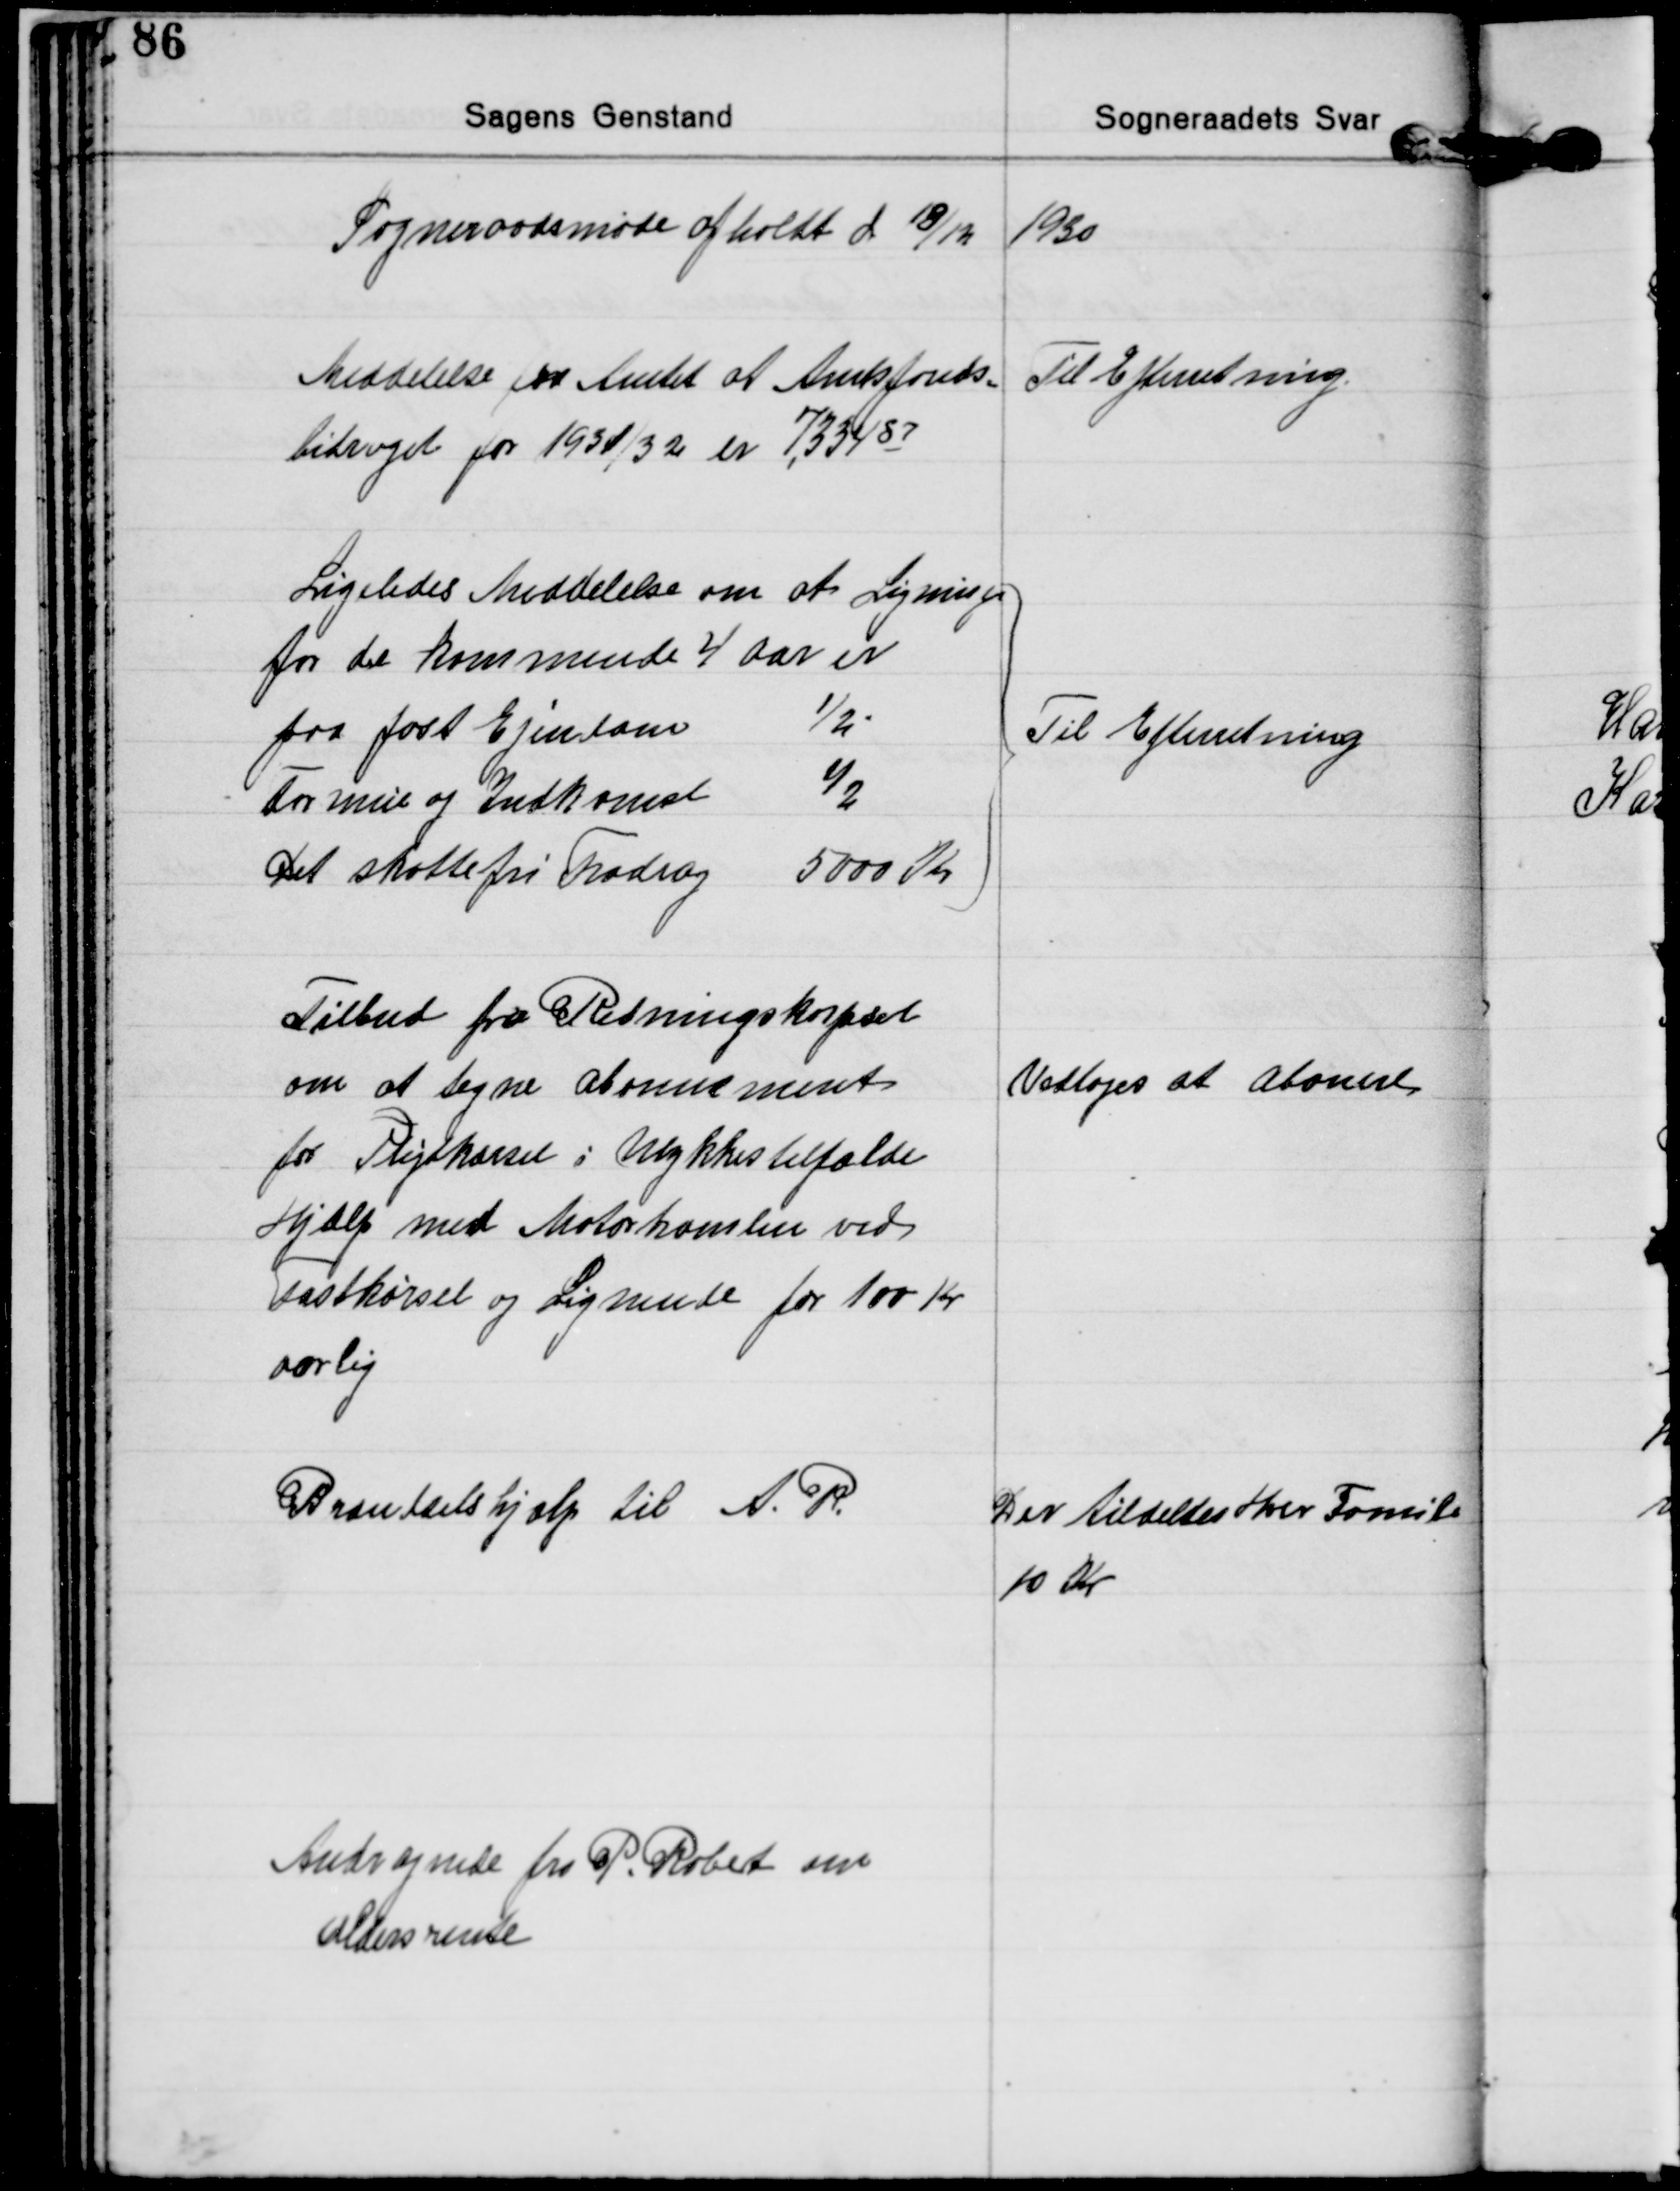
Transskription:
Sogneraadsmøde afholdt d 18/12 1930

Meddelelse fra Amtet at Amtsfonds=
bidraget for 1931/32 er 7,33487
Til Efterretning.

Ligeledes Meddelelse om at Ligning
for de kommende 4 Aar er
paa fast Ejendom 
½
Formue og Indkomst
½
Det skattefri Fradrag 
5000 Kr
Til Efterretning

Tilbud fra Redningskorpset
om at tegne Abonnement
for Pligtkørsel i Ulykkestilfælde
Hjælp med Motortromlen ved
Fastkørsel og Lignende for 100 Kr.
aarlig
Vedtoges at abonere

Brændselshjælp til A. R.
Der tildeltes Hver Famile
10 Kr

Andragende fra P. Robert om
Aldersrente